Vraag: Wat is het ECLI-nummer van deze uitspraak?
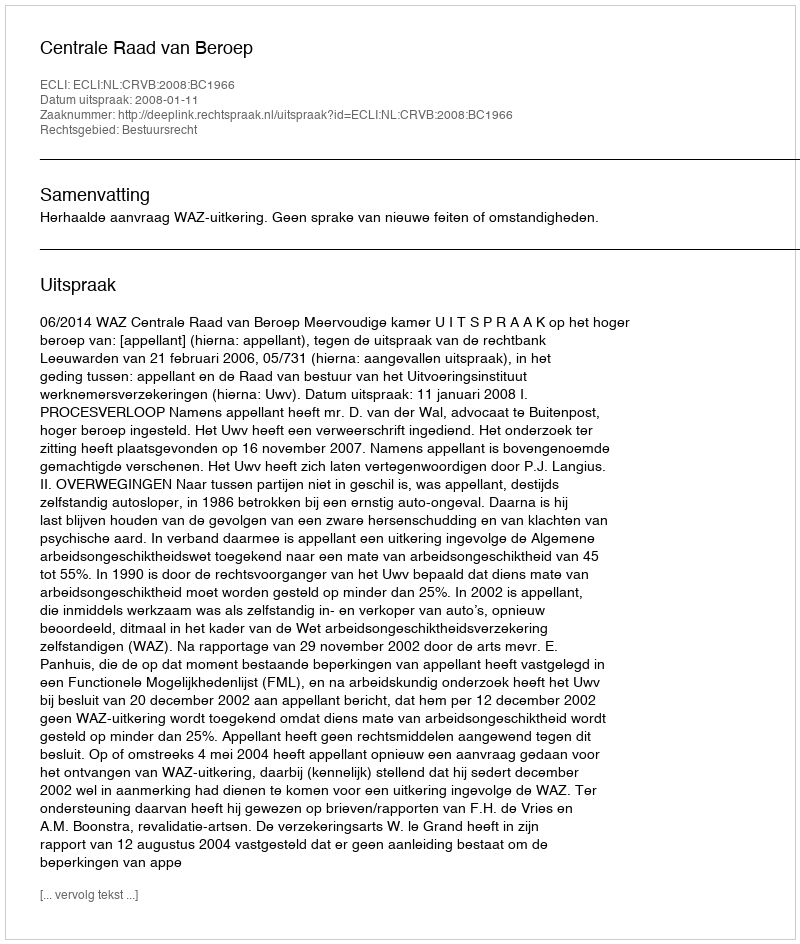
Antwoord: ECLI:NL:CRVB:2008:BC1966